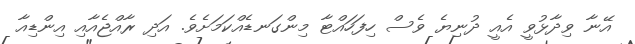
އޭނާ ވިދާޅުވީ އެއީ ދުނިޔެ ވެސް ހިފަހައްޓާ މިންގަނޑެއްކަމަށެވެ. އަދި ރާއްޖެއާއި އިންޑިއާ